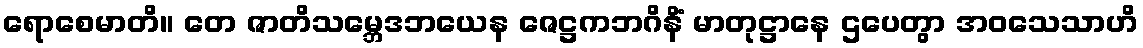
ရောစေမာတိ။ တေ ဇာတိသမ္ဘေဒဘယေန ဇေဋ္ဌကဘဂိနိံ မာတုဋ္ဌာနေ ဌပေတွာ အဝသေသာဟိ